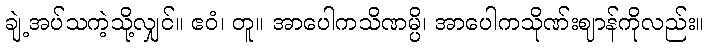
ချဲ့အပ်သကဲ့သို့လျှင်။ ဧဝံ၊ တူ။ အာပေါကသိဏမ္ပိ၊ အာပေါကသိုဏ်းဈာန်ကိုလည်း။